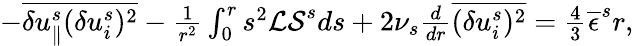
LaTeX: \begin{array}{r}{-\overline{{\delta u_{\parallel}^{s}(\delta u_{i}^{s})^{2}}}-\frac{1}{r^{2}}\int_{0}^{r}s^{2}{\cal LS}^{s}ds+2\nu_{s}\frac{d}{dr}\overline{{(\delta u_{i}^{s})^{2}}}=\frac{4}{3}\overline{{\epsilon}}^{s}r,}\end{array}